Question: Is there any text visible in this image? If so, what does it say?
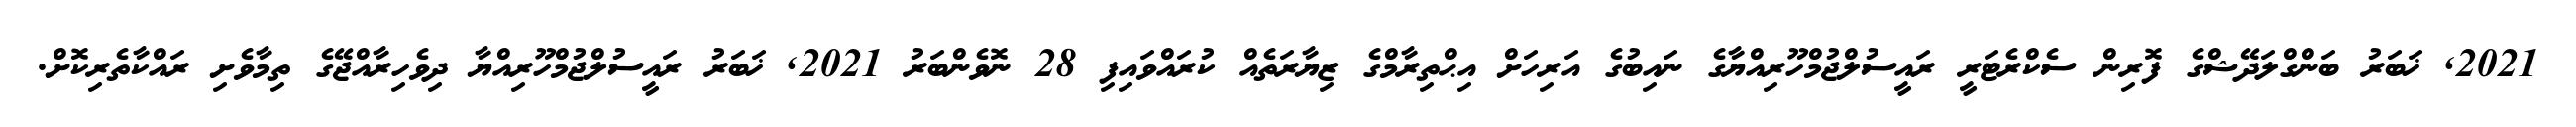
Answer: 2021, ޚަބަރު ބަންގްލަދޭޝްގެ ފޮރިން ސެކްރެޓަރީ ރައީސުލްޖުމްހޫރިއްޔާގެ ނައިބުގެ އަރިހަށް އިޙްތިރާމްގެ ޒިޔާރަތެއް ކުރައްވައިފި 28 ނޮވެންބަރު 2021, ޚަބަރު ރައީސުލްޖުމްހޫރިއްޔާ ދިވެހިރާއްޖޭގެ ތިމާވެށި ރައްކާތެރިކޮށް.